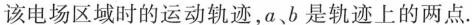
该电场区域时的运动轨迹，a、b是轨迹上的两点.